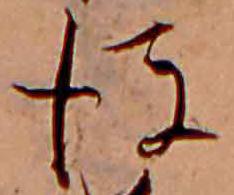
後